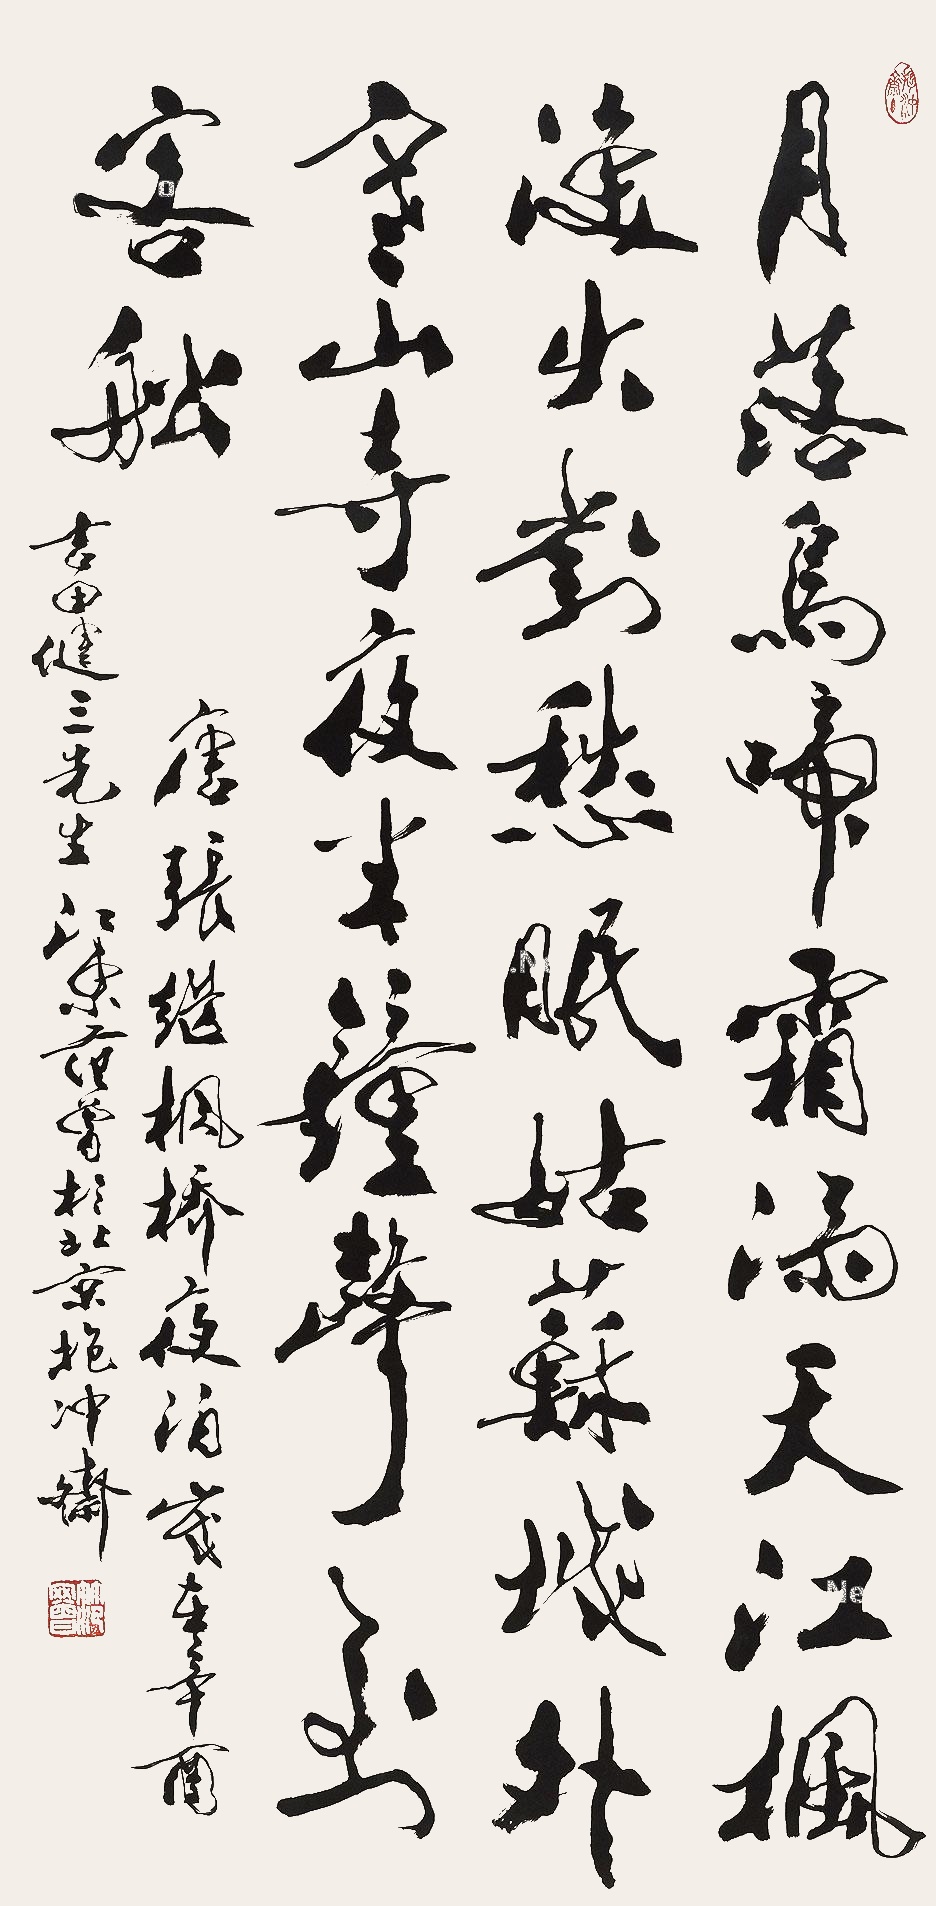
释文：月落乌啼霜满天，江枫渔火对愁眠。姑苏城外寒山寺，夜半钟声到客船。唐·张继《枫桥夜泊》。岁在辛酉吉田健三先生，江东范曾于北京抱冲斋。